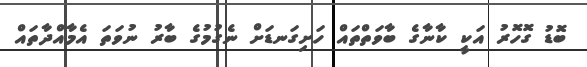
ބޮޑު ގޮހޮރު އަކީ ކާނާގެ ބާވަތްތައް ހަށިގަނޑަށް ނެގުމުގެ ބާރު ނުވަތަ އެމާއްދާތައް